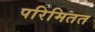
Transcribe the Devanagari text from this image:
परिमितत